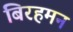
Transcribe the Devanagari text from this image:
बिरहमन